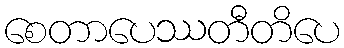
စေတာပေဿတီတိပေ